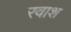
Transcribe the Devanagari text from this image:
रवाश